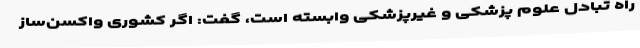
راه تبادل علوم پزشکی و غیرپزشکی وابسته است، گفت: اگر کشوری واکسن‌ساز